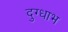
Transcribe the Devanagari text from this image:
दुग्धाभ